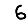
Digit: 6